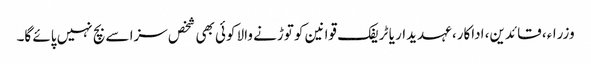
وزراء، قائدین، اداکار، عہدیدار یا ٹریفک قوانین کو توڑنے والا کوئی بھی شخص سزا سے بچ نہیں پائے گا۔